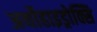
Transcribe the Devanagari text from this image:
अर्थोहाइड्रोक्सि